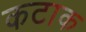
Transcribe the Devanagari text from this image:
कटाक